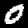
Label: 0